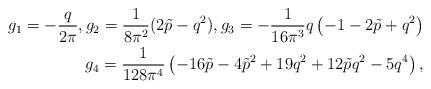
LaTeX: \begin{align*}g_1=-\frac{q}{2\pi},g_2=\frac{1}{8\pi^2}(2\tilde{p}-q^2),g_3=-\frac{1}{16\pi^3} q\left(-1-2 \tilde{p}+q^2\right)\\g_4=\frac{1}{128\pi^4}\left(-16 \tilde{p}-4 \tilde{p}^2+19 q^2+12 \tilde{p} q^2-5 q^4\right),\end{align*}